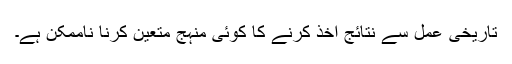
تاریخی عمل سے نتائج اخذ کرنے کا کوئی منہج متعین کرنا ناممکن ہے۔